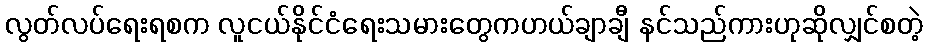
လွတ်လပ်ရေးရစက လူငယ်နိုင်ငံရေးသမားတွေကဟယ်ချာချီ နင်သည်ကားဟုဆိုလျှင်စတဲ့